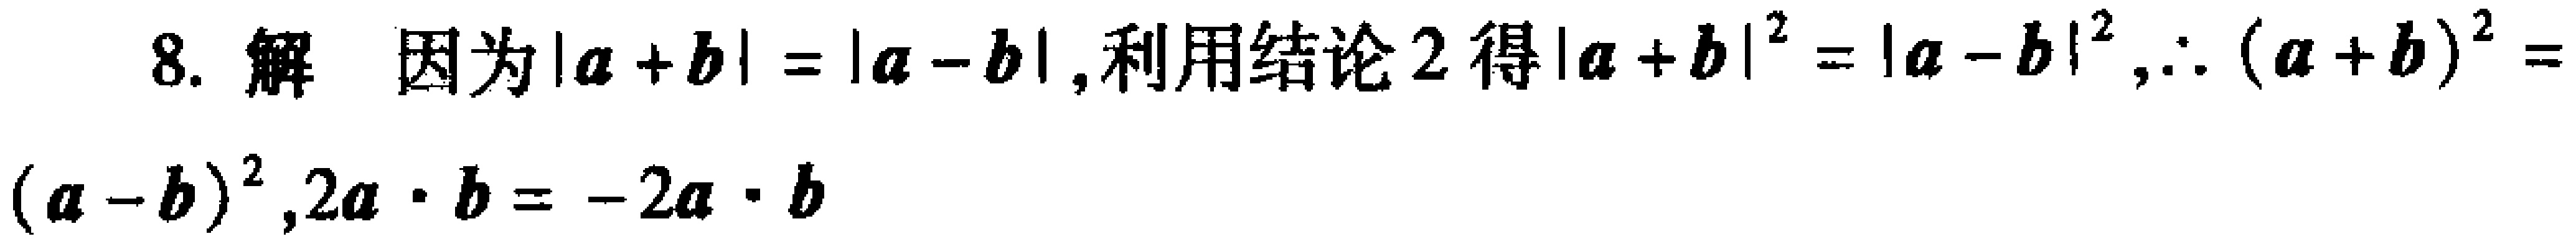
8. 解 因为\(\vert\boldsymbol{a}+\boldsymbol{b}\vert=\vert\boldsymbol{a}-\boldsymbol{b}\vert\), 利用结论 2 得\(\vert\boldsymbol{a}+\boldsymbol{b}\vert^{2}=\vert\boldsymbol{a}-\boldsymbol{b}\vert^{2}\), \(\therefore (\boldsymbol{a}+\boldsymbol{b})^{2}=(\boldsymbol{a}-\boldsymbol{b})^{2},2\boldsymbol{a}\cdot\boldsymbol{b}=- 2\boldsymbol{a}\cdot\boldsymbol{b}\)